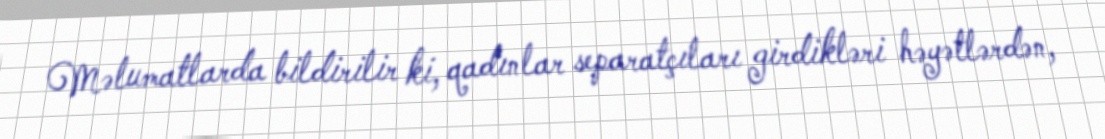
Məlumatlarda bildirilir ki, qadınlar separatçıları girdikləri həyətlərdən,